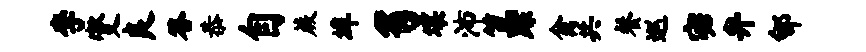
李燮良答恭自蕨埠豸壤沛笠踪禽共餐巡宓弁郇